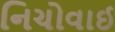
નિચોવાઈ